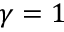
\gamma = 1